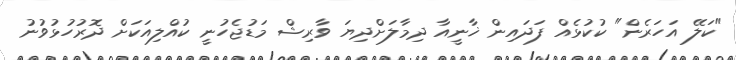
"ކަލޭ އަހަރެން" ކުކުޅެއް ފަދައިން ޚާނީއާ ދިމާލަށްދިޔަ ވާރިޝް މަޑުޖެހުނީ ކުއްލިއަކަށް ދޮރުހުޅުވުނު